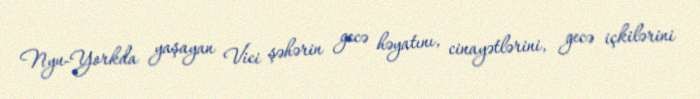
Nyu-Yorkda yaşayan Vici şəhərin gecə həyatını, cinayətlərini, gecə içkilərini